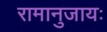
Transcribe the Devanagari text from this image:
रामानुजायः